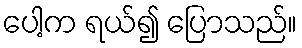
ပေါ့က ရယ်၍ ပြောသည်။